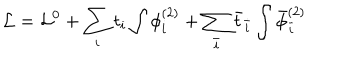
LaTeX: { \cal L } = { \cal L } ^ { 0 } + \sum _ { i } t _ { i } \int \phi _ { i } ^ { ( 2 ) } + \sum _ { \bar { i } } { \bar { t } } _ { \bar { i } } \int { \bar { \phi } } _ { \bar { i } } ^ { ( 2 ) }